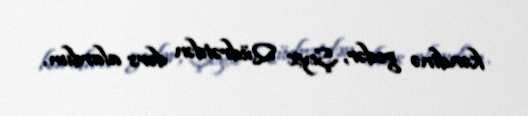
kəndinə gedər, Şeyx Qüdrətdən dərs alardım.